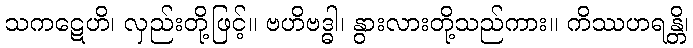
သကဋေဟိ၊ လှည်းတို့ဖြင့်။ ဗဟိဗဒ္ဓါ၊ နွားလားတို့သည်ကား။ ကိဿဟရန္တိ၊